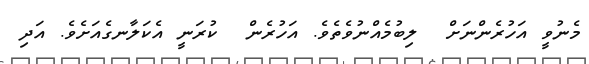
މެނުވީ އަހުރެންނަށް  ލިބުމެއްނުވެތެވެ. އަހުރެން  ކުރަނީ އެކަލާނގެއަށެވެ. އަދި